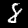
Label: 8